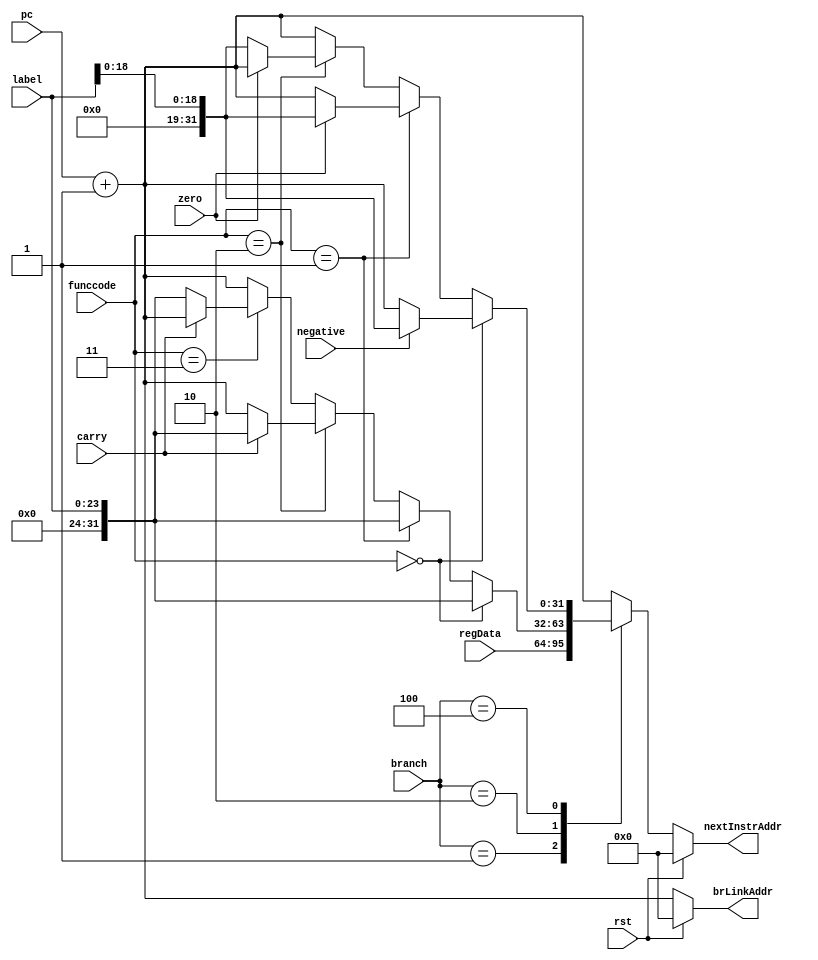
`timescale 1ns / 1ps
//////////////////////////////////////////////////////////////////////////////////
// Company: 
// Engineer: 
// 
// Design Name: 
// Module Name:    nextinstr 
// Project Name: 
// Target Devices: 
// Tool versions: 
// Description: 
//
// Dependencies: 
//
// Revision: 
// Revision 0.01 - File Created
// Additional Comments: 
//
//////////////////////////////////////////////////////////////////////////////////
module NextInstr(
	input rst,	
	input [2:0] branch,
	input carry,
	input negative,
	input zero,
	input [2:0] funccode,
	input [31:0] pc,
	input [23:0] label,
	input [31:0] regData,
	output reg [31:0] nextInstrAddr,
	output reg [31:0] brLinkAddr
);
	wire [31:0] pc_1;
	parameter BTYP1 = 3'b001, BTYP2 = 3'b010, BTYP3 = 3'b100;
	assign pc_1 = pc + 1;
	always @(*) begin
		
		if(rst) begin
			nextInstrAddr = 32'd0;
			brLinkAddr = 32'd0;
		end
		
		else begin
			case(branch) 
				
				// br rs
				BTYP1: begin
					nextInstrAddr = regData[31:0];
				end
				
				
				BTYP2: begin
					
					// b L
					if(funccode == 3'b000) begin
						nextInstrAddr = {8'd0,label};
					end

					// bl L
					else if(funccode == 3'b001) begin
						nextInstrAddr = {8'd0,label};
						// Have some doubt here 31 <-- (PC) + 4
						// pc <= pc + 1; // but i havent taken pc inside the module
						
					end
					
					// bcy L
					else if(funccode == 3'b010) begin
						if(carry)
							nextInstrAddr = {8'd0,label};
						else
							nextInstrAddr = pc_1;
					end
					
					// bcny L
					else if(funccode == 3'b011) begin
						if(carry == 0)
							nextInstrAddr = {8'd0,label};
						else
							nextInstrAddr = pc_1;
					end
					
					else begin
						nextInstrAddr = pc_1;
					end
		
				end
				BTYP3: begin
					
					// bltz rs, L
					if(funccode == 3'b000) begin
						if(negative)
							nextInstrAddr = {13'd0,label[18:0]};
						else
							nextInstrAddr = pc_1;
					end
					
					// bz rs, L
					else if(funccode == 3'b001) begin
						if(zero)
								nextInstrAddr = {13'd0,label[18:0]};
							else
								nextInstrAddr = pc_1;
					
					end
					
					else if(funccode == 3'b010) begin
						if(zero == 0)
								nextInstrAddr = {13'd0,label[18:0]};
							else
								nextInstrAddr = pc_1;
					
					end
					
					else begin
						nextInstrAddr = pc_1;
					end
				
				end
				
				default: begin
					nextInstrAddr = pc_1;
				end
			endcase
			
			brLinkAddr = pc_1;
			
		end
		
	end
	
endmodule